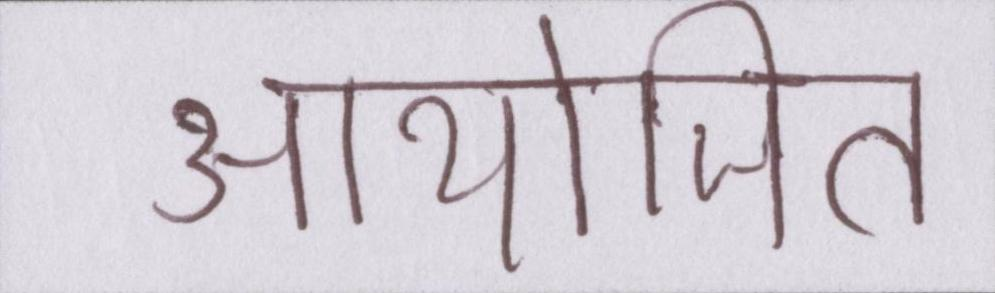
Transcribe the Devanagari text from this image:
आयोजित